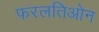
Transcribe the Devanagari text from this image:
फरलतिओन